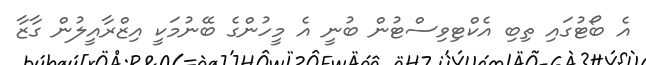
އެ ބޯޓުގައި ތިބި އެކްޓިވިސްޓުން ބުނީ އެ މީހުންގެ ބޭނުމަކީ އިޒްރާއީލުން ގާޒާ